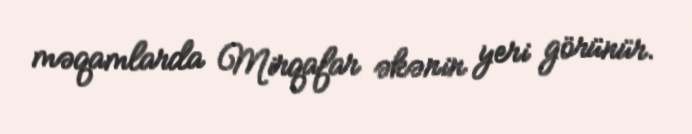
məqamlarda Mirqafar əkənin yeri görünür.